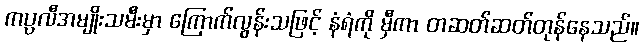
ကပ္ပလီအမျိုးသမီးမှာ ကြောက်လွန်းသဖြင့် နံရံကို မှီကာ တဆတ်ဆတ်တုန်နေသည်။